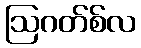
ဩဂတ်စ်လ